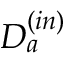
D _ { a } ^ { ( i n ) }